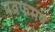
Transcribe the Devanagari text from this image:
प्रव्रफमण